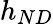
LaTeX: h_{{ND}}